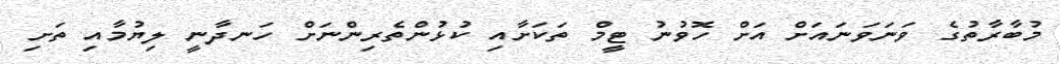
މުބާރާތުގެ ވަނަވަނައަށް އަށް ހޮވުނު ޓީމް ތަކަށާއި ކުޅުންތެރިންނަށް ހަނދާނީ ލިޔުމާއި ތަށި